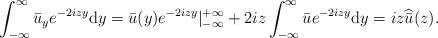
LaTeX: \begin{align*}\begin{aligned}& \int_{-\infty}^{\infty} \bar{u}_y e^{-2izy} \mathrm{d}y = \bar{u}(y) e^{-2izy}|_{-\infty}^{+\infty}+2iz \int_{-\infty}^{\infty} \bar{u}e^{-2izy}\mathrm{d}y= i z \widehat{\bar{u} } ( z).\end{aligned}\end{align*}